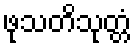
ဖုသတိသုတ္တံ